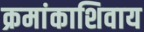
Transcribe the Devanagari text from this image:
क्रमांकाशिवाय